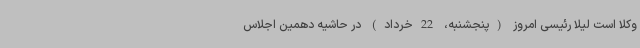
وکلا است لیلا رئیسی امروز (پنجشنبه، 22خرداد) در حاشیه دهمین اجلاس